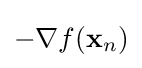
-\nabla f(\mathbf {x} _{n})